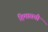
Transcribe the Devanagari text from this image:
हिमासची